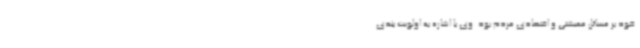
خود بر مسائل معیشتی و اقتصادی مردم بود. وی با اشاره به اولویت بندی